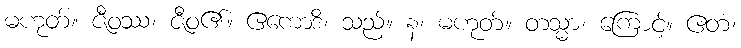
မဟုတ်။ ဇီဝဿ၊ ဇီဝ၏။ ဧကောဒိ၊ သည်။ န၊ မဟုတ်။ တသ္မာ၊ ကြောင့်။ ဧတံ၊